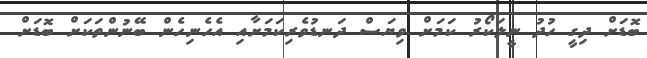
ބޮޑަށް ދިގީ ހުދު ނީލަކޯރު ކަމަށް ވިޔަސް ދަނޑުވެރިކަމަށާއި އެހެނިހެން ބޭނުންތަކަށް ބޮޑަށް